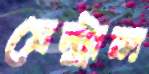
সেন্ট্রাল